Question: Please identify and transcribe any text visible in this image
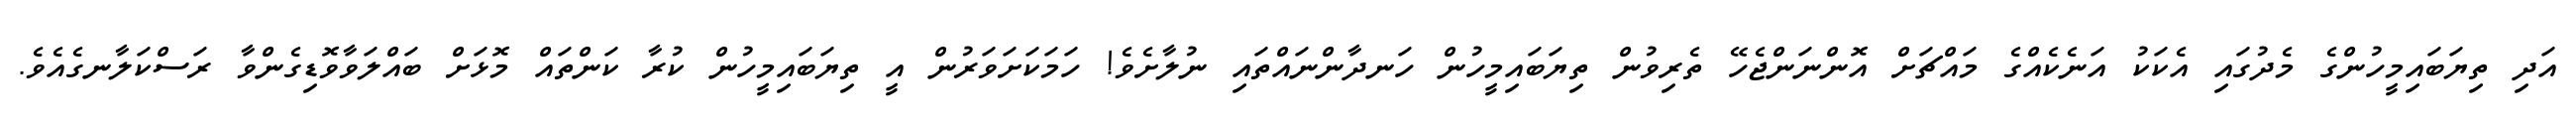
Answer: އަދި ތިޔަބައިމީހުންގެ މެދުގައި އެކަކު އަނެކެއްގެ މައްޗަށް އޮންނަންޖެހޭ ތެރިވުން ތިޔަބައިމީހުން ހަނދާންނައްތައި ނުލާށެވެ! ހަމަކަށަވަރުން އީ ތިޔަބައިމީހުން ކުރާ ކަންތައް މޮޅަށް ބައްލަވާވޮޑިގެންވާ ރަސްކަލާނގެއެވެ.